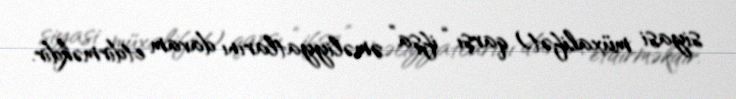
siyasi müxalifət) qarşı “ifşa” əməliyyatlarını davam etdirməkdir.